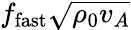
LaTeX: f_{\mathrm{fast}}\sqrt{\rho_{0}v_{A}}